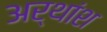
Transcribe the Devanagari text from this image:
अर्थांश